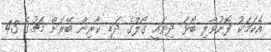
އެކަމަކު ފޮނުވާލި ބޯޅަ ދިޔައީ ގޯލްގެ ދަޑި ކާރިން ބޭރަށް މެޗުގެ 43